Annual report on the working of the lock hospitals in the Central Provinces
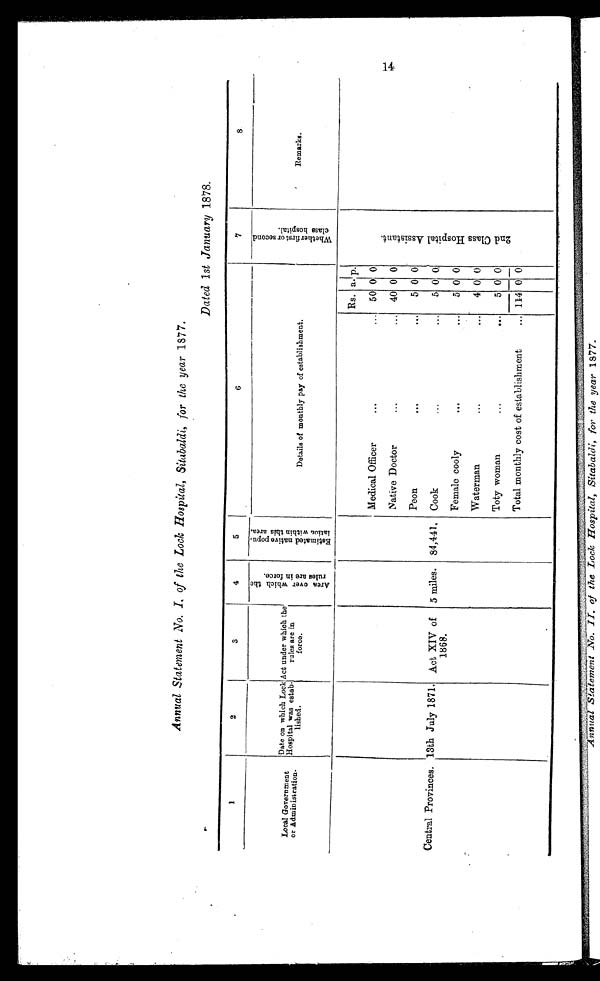
Annual Statement No. I. of the Lock Hospital, Sitabaldi, for the year 1877.
Dated 1st January 1878.
1
2
3
4
5
6
7
8
Local Governmen
t o r A d m i n i s t r a t i o n .
Date on which Lock
Hospital was estab-
li shed.
Act under which the
rules are in
force.
A r e a o v e r w h i c h t h e r u l e s a r e i n f o r c e .
E s t i m a t e d n a t i v e p o p u - l a t i o n w i t h i n t h i s a r e a .
D e t a i l s o f m o n t h l y p a y o f e s t a b l i s h m e n t .
W h e t h e r f i r s t o r s e c o n d c l a s s h o s p i t a l .
Remarks.
Central Provinces. 13th July 1871. Act XIV of
1868.
5 miles. 84,441.
Rs. a . p.
2 n d C l a s s H o s p i t a l A s s i s t a n t .
Medical Officer
...
. . . 50 0 0
Native Doctor
... . . . 40 0 0
Peon
...
...
5 0 0
Cook
...
. . . 5 0 0
Female cooly
...
... 5 0 0
Waterman
...
... 4 0 0
Toty woman
...
... 5 0 0
Total monthly cost of establishment
... 114 0 0